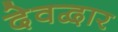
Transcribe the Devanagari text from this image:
देवद्वार